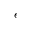
\epsilon